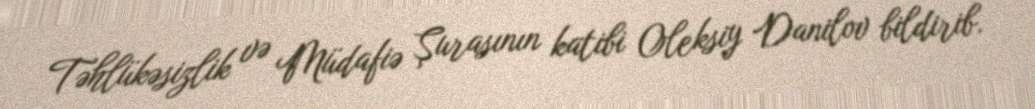
Təhlükəsizlik və Müdafiə Şurasının katibi Oleksiy Danilov bildirib.